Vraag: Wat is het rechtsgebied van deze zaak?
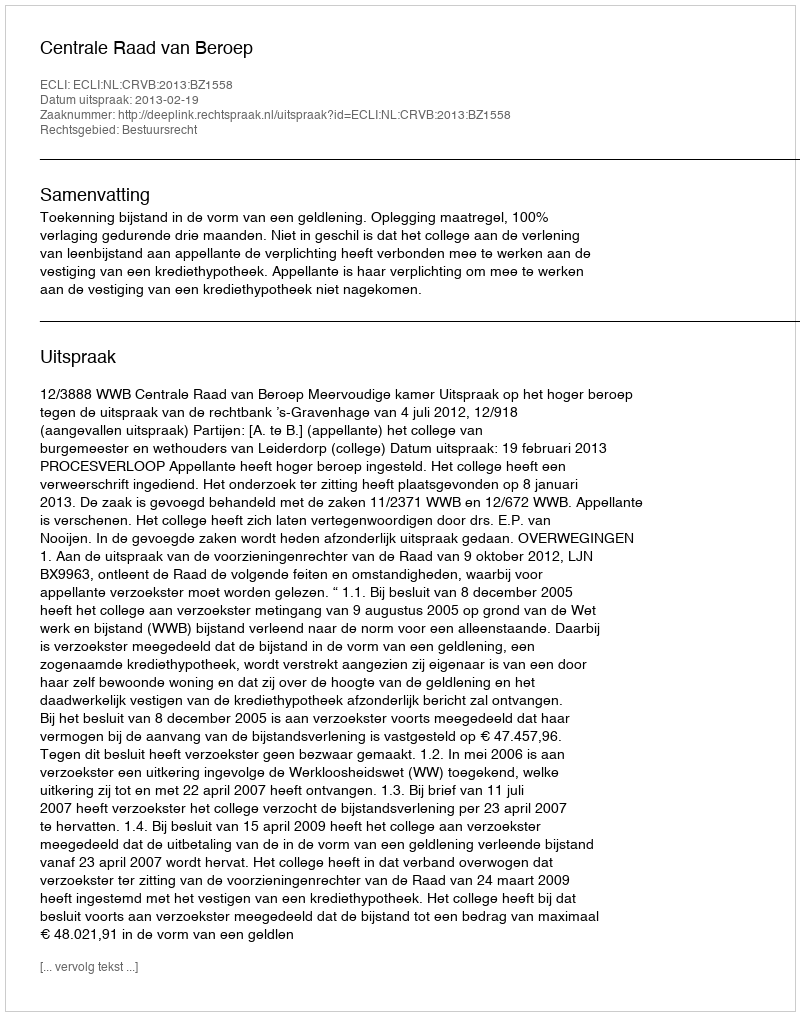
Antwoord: Bestuursrecht